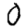
Digit: 0